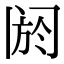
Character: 阏